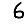
Digit: 6